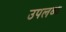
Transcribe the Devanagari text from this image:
उपलब्ध्‍